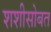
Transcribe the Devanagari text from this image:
शशीसोबत